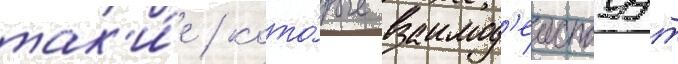
так'и́е / кото́рые взаимод'еиствуут